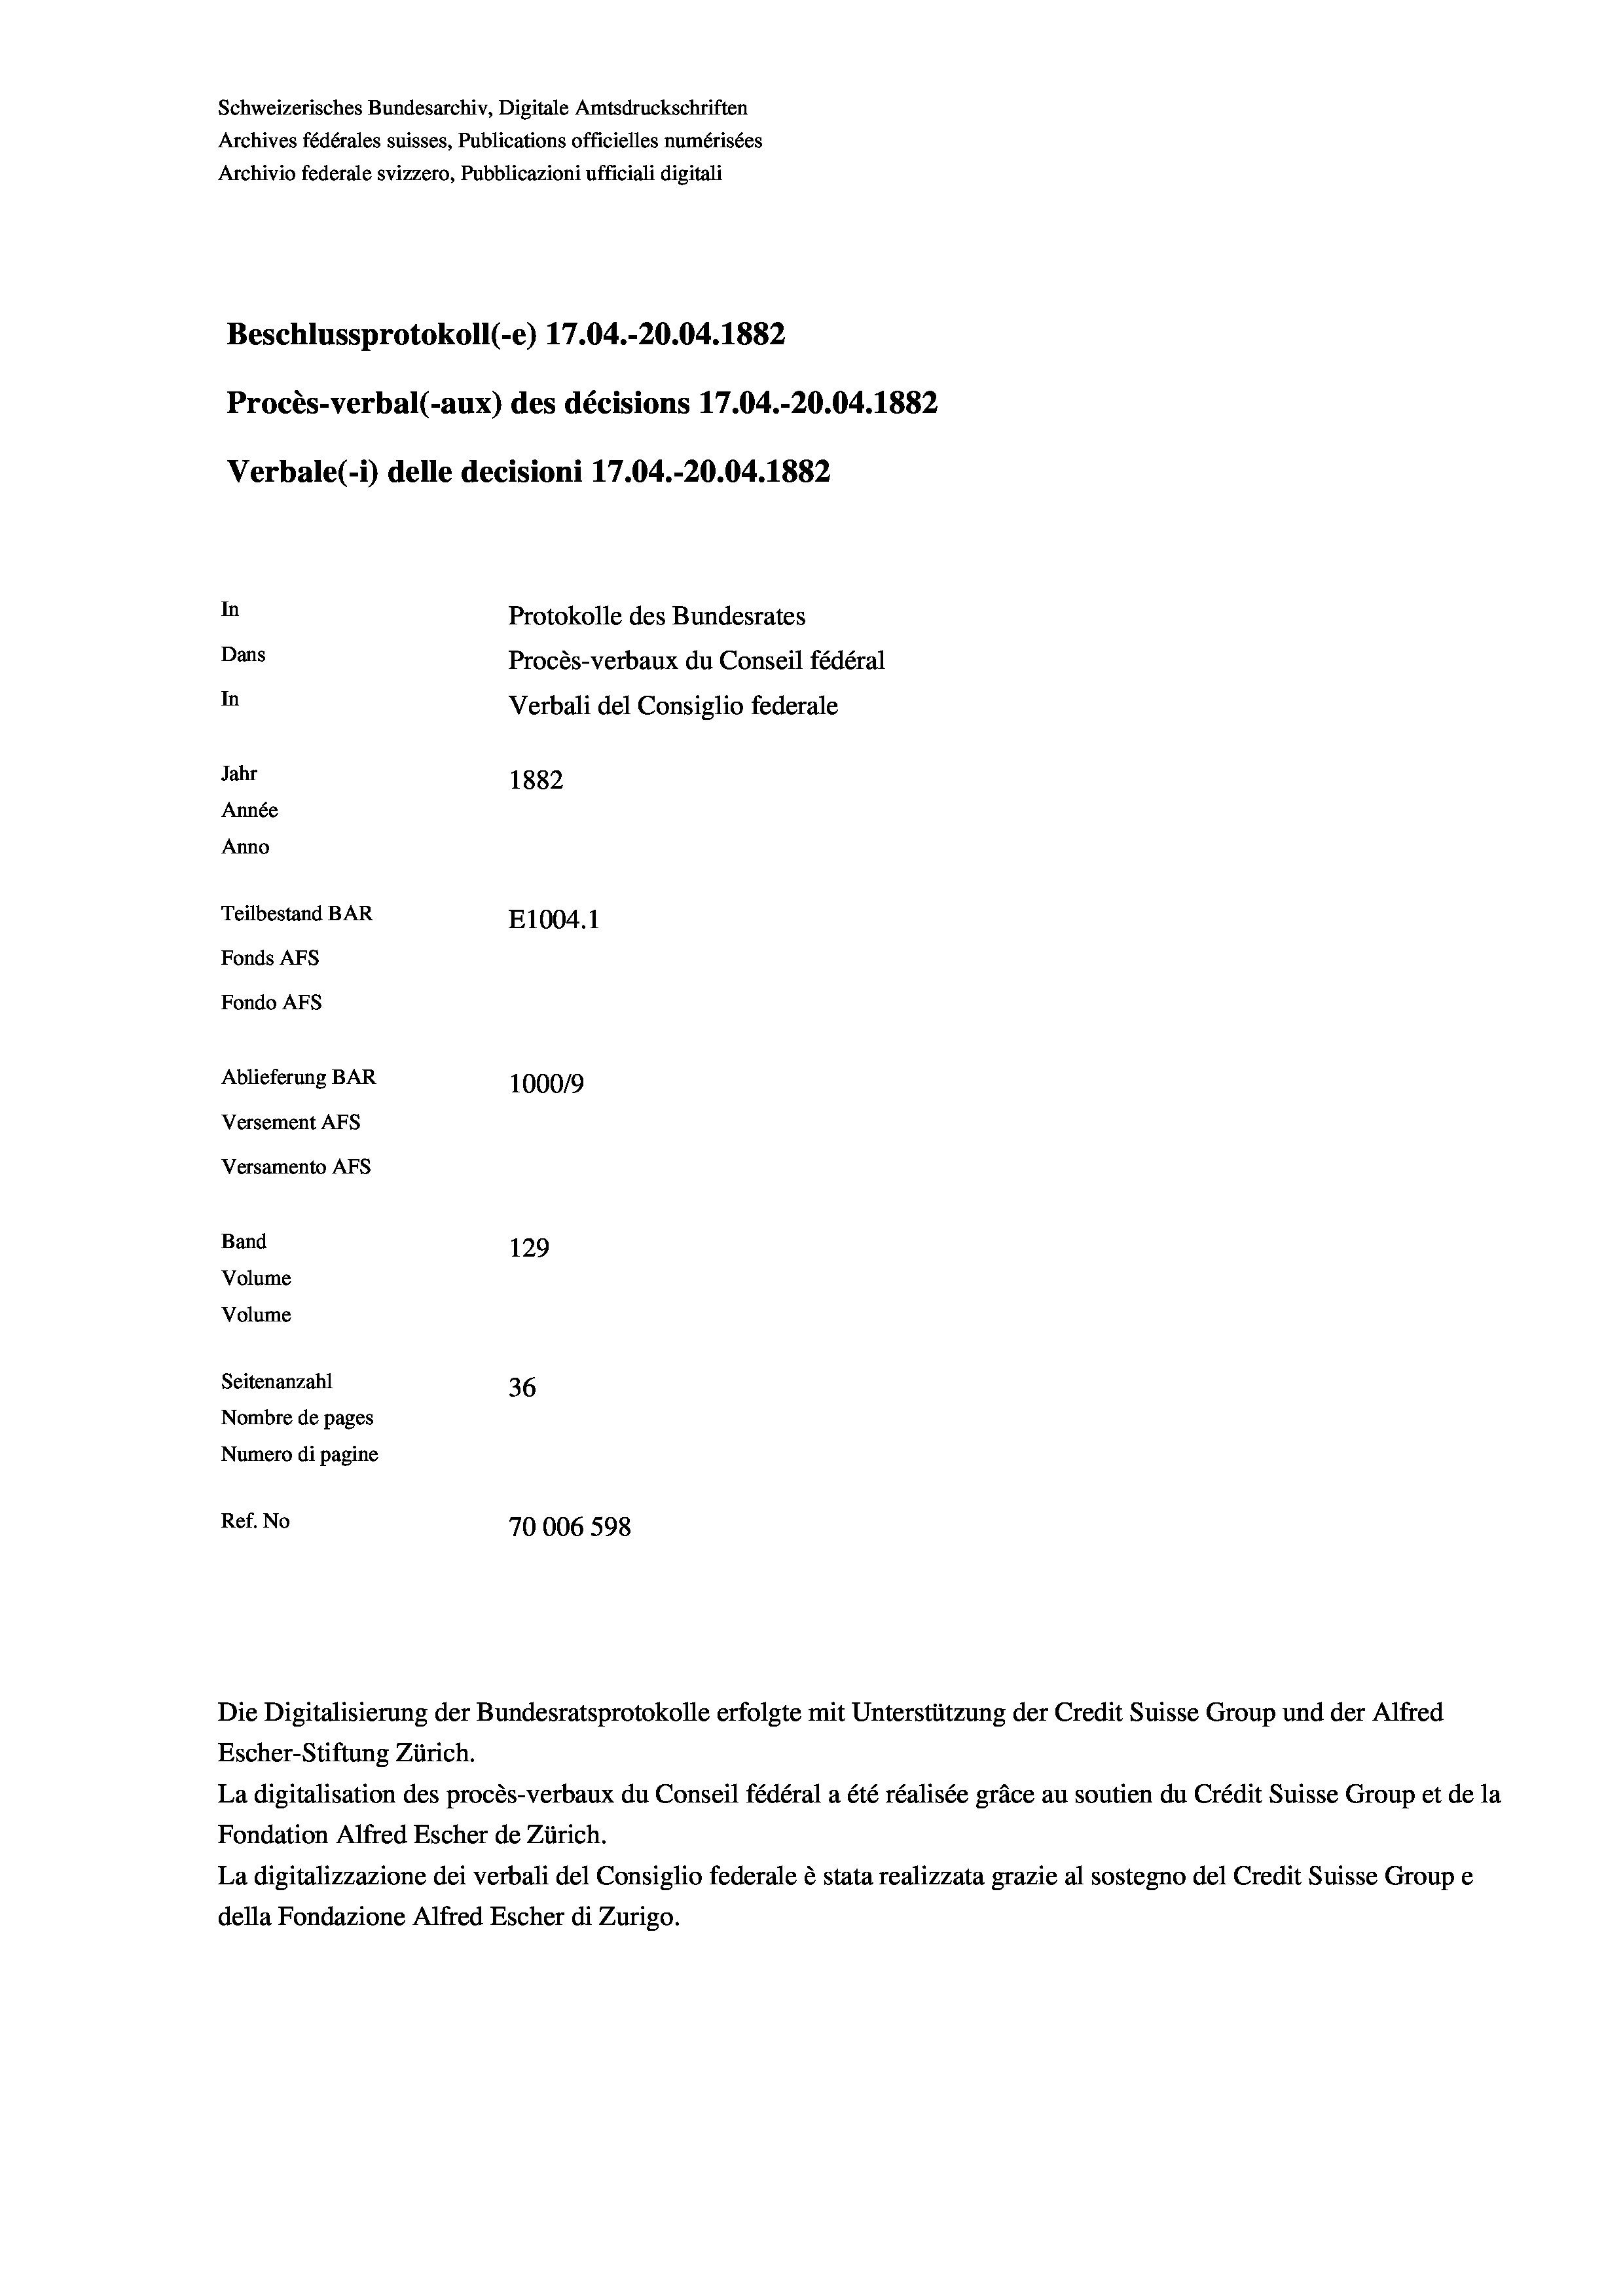
Schweizerisches Bundesarchiv, Digitale Amtsdruckschriften
Archives fédérales suisses, Publications officielles numérisées
Archivio federale svizzero, Pubblicazioni ufficiali digitali
Beschlussprotokoll (e) 17.04.-20.04. 1882
Procès-verbal (-aux) des décisions 17.04.-20.04. 1882
Verbale(-*) delle decisioni 17.04.-20.04. 1882
In
Protokolle des Bundesrates
Dans
Procès-verbaux du Conseil fédéral
In
Verbali del Consiglio federale
Jahr
1882
Année
Anno
Teilbestand BAR
E1004.1
Fonds AFs
Fondo Afs
Ablieferung BAR
100019
Versement AFs
Versamento AFs
Band
129
Volume
Volume
Seitenanzahl
36
Nombre de pages
Numero di pagine
Ref. No
70006 598

Escher-Stiftung Zürich.
La digitalisation des procès-verbaux du Conseil fédéral a été réalisée gräce au soutien du Crédit Suisse Group et de la
Fondation Alfred Escher de Zürich.
La digitalizzazione dei verbali del Consiglio federale è stata realizzata grazie al sostegno del Credit Suisse Groupe
della Fondazione Alfred Escher di Zurigo.

Die Digitalisierung der Bundesratsprotokolle erfolgte mit Unterstützung der Credit Suisse Group und der Alfred